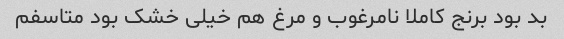
بد بود برنج کاملا نامرغوب و مرغ هم خیلی خشک بود متاسفم